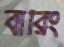
বারিং